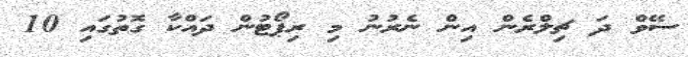
ސޭވް ދަ ޗިލްރެން އިން ނެރުނު މި ރިޕޯޓުން ދައްކާ ގޮތުގައި 10